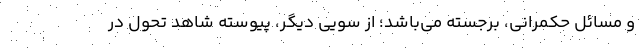
و مسائل حکمرانی، برجسته می‌باشد؛ از سویی دیگر، پیوسته شاهد تحول در